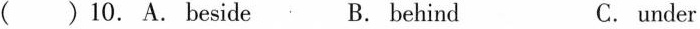
( )10. A. Beside B. behind C. under